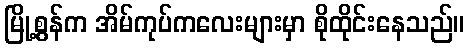
မြို့စွန်က အိမ်ကုပ်ကလေးများမှာ စိုထိုင်းနေသည်။